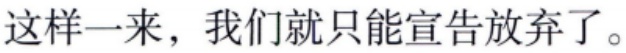
这样一来，我们就只能宣告放弃了。